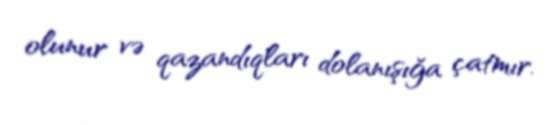
olunur və qazandıqları dolanışığa çatmır.